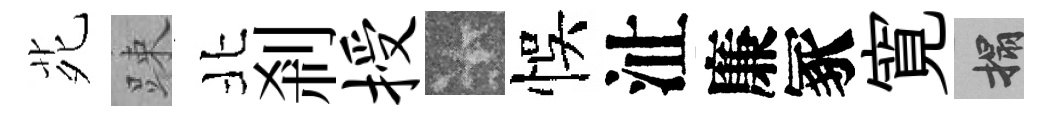
𫟍踈北剎授卡悞沚廉冢寛搨